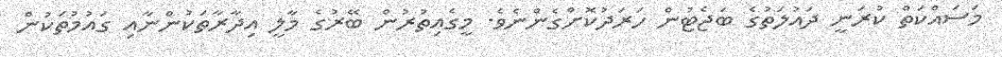
މަސައްކަތް ކުރަނީ ދައުލަތުގެ ބަޖެޓުން ހަރަދުކޮށްގެންނެވެ. މީގެއިތުރުން ބޭރުގެ މާލީ އިދާރާތަކުންނާއި ގައުމުތަކުން